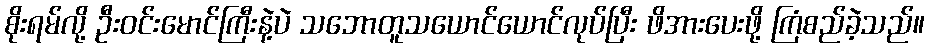
စိုးရမ်လို့ ဦးဝင်းမောင်ကြီးနဲ့ပဲ သဘောတူသယောင်ယောင်လုပ်ပြီး ဖိအားပေးဖို့ ကြံစည်ခဲ့သည်။